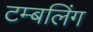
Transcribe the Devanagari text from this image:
टम्बलिंग